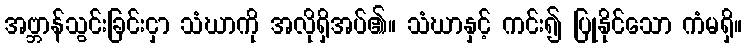
အဗ္ဘာန်သွင်းခြင်းငှာ သံဃာကို အလိုရှိအပ်၏။ သံဃာနှင့် ကင်း၍ ပြုနိုင်သော ကံမရှိ။